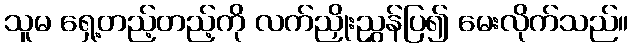
သူမ ရှေ့တည့်တည့်ကို လက်ညှိုးညွှန်ပြ၍ မေးလိုက်သည်။